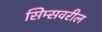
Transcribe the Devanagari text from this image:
सिम्सवरील